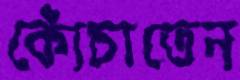
কোঁচাতেন